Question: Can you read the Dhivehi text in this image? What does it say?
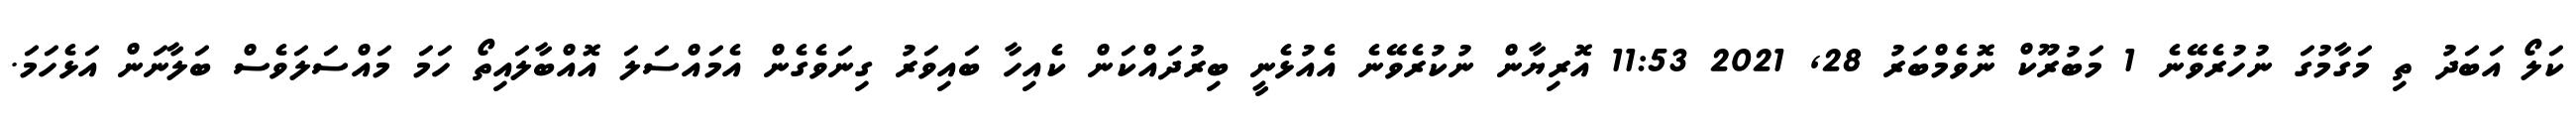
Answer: ކަލޯ އަބަދު ތި މަގާމުގަ ނުހުރެވޭނެ 1 މަބުރޫކް ނޮވެމްބަރު 28, 2021 11:53 އޮރިޔާން ނުކުރެވޭނެ އެއުޅެނީ ބިރުދައްކަން ކެއިހާ ބައިވަރު ގިނަވެގެން އެމައްސަލަ އޮއްބާލައިތޯ ހަމަ މައްސަލަވެސް ބަލާނަން އަޅެހަމަ.